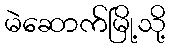
မဲဆောက်မြို့သို့